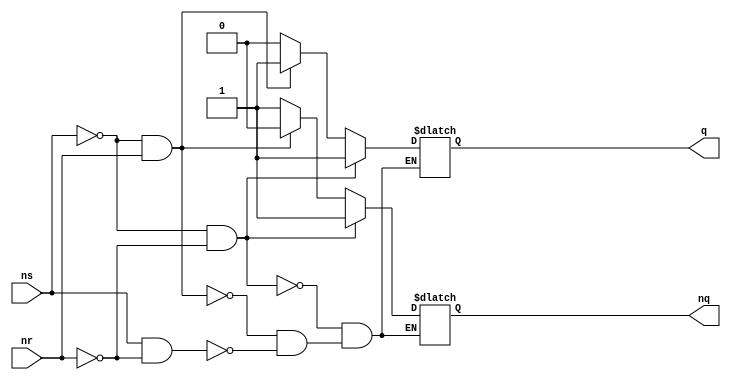
module Latch(
  input ns,
  input nr,
  output q,
  output nq
);

  reg q;
  reg nq;

  always @( ns or nr ) begin
    if (ns == 0 & nr == 0) begin
      q <= 1;
      nq <= 1;
    end
    else if (ns == 0 & nr == 1) begin
      q <= 1;
      nq <= 0;
    end
    else if (ns == 1 & nr == 0) begin
      q <= 0;
      nq <= 1;
    end
  end

endmodule